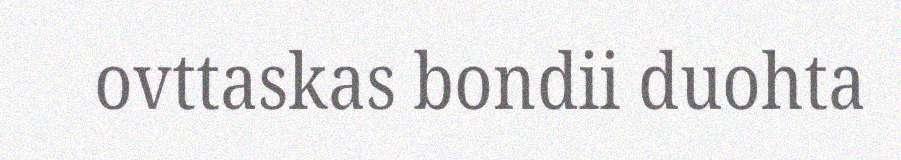
ovttaskas bondii duohta